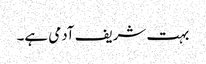
بہت شریف آدمی ہے۔